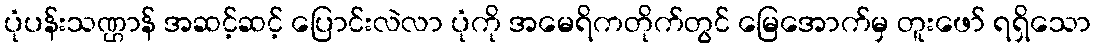
ပုံပန်းသဏ္ဌာန် အဆင့်ဆင့် ပြောင်းလဲလာ ပုံကို အမေရိကတိုက်တွင် မြေအောက်မှ တူးဖော် ရရှိသော